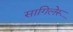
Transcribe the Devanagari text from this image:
सागिलेरू